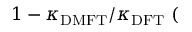
1 - \kappa _ { \mathrm { D M F T } } / \kappa _ { \mathrm { D F T } } ~ ( \